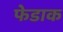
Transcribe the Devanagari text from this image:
फेडाक